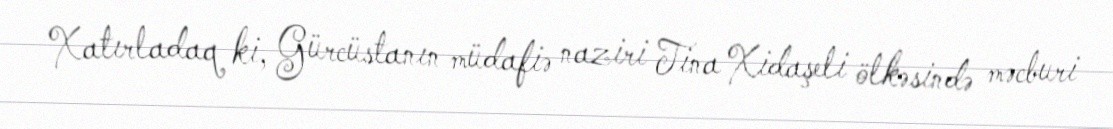
Xatırladaq ki, Gürcüstanın müdafiə naziri Tina Xidaşeli ölkəsində məcburi